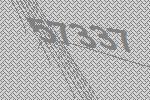
57337